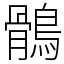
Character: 鶻